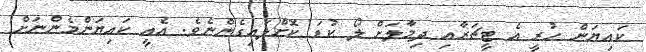
ކައިޔަން ހުރީ އެ ޓީޗަރާއި ދިމާލަށް ލޯ ކުޑަ ކޮށްލައިގެންނެވެ. އެއީ ކައިޔަންމެންނަށް